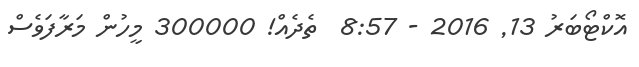
އޮކްޓޯބަރު 13